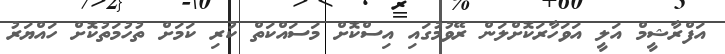
އަފްރާޝީމް އަލީ އަވަހާރަކޮށްލަން ރޭވުމުގައި އިސްކޮށް މަސައްކަތް ކުރި ކަމަށް ތުހުމަތުކޮށް ހައްޔަރު